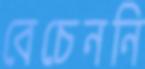
বেচেননি